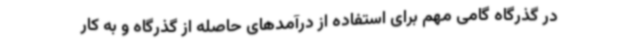
در گذرگاه گامی مهم برای استفاده از درآمدهای حاصله از گذرگاه و به کار